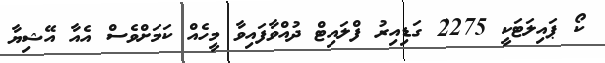
ކޯ ޕައިލަޓަކީ 2275 ގަޑިއިރު ފްލައިޓް ދުއްވާފައިވާ މީހެއް ކަމަށްވެސް އެއާ އޭޝިޔާ